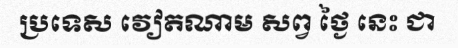
ប្រទេស វៀតណាម សព្វ ថ្ងៃ នេះ ជា